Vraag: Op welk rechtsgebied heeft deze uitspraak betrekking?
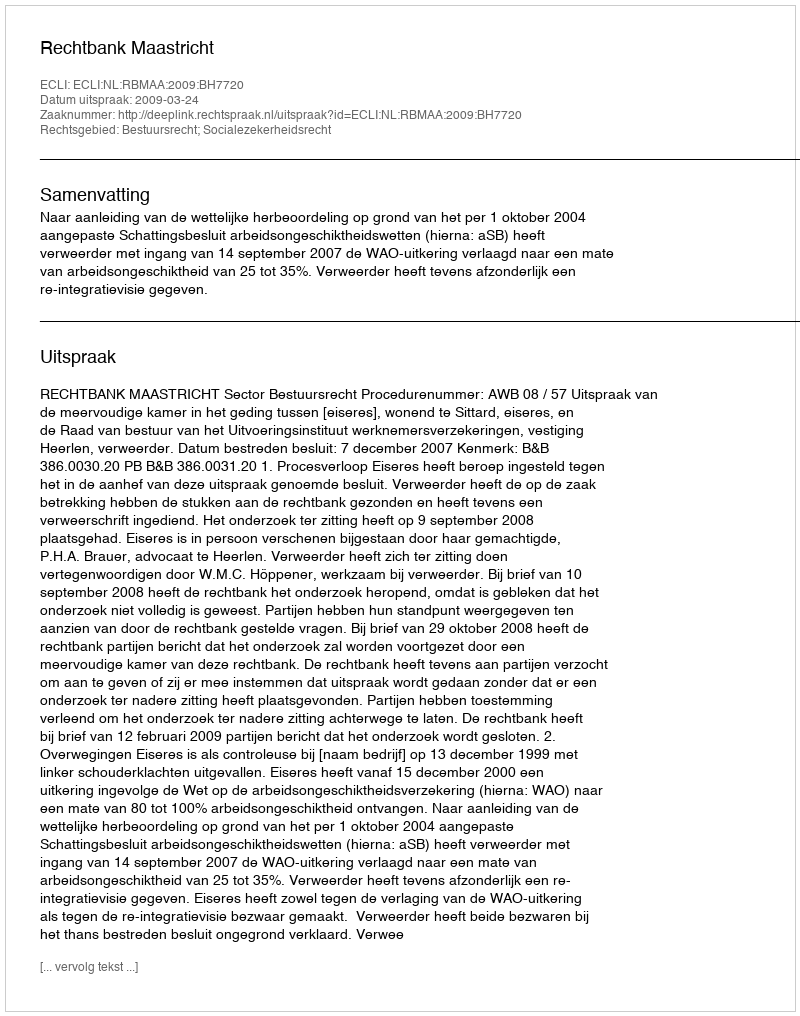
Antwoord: Bestuursrecht; Socialezekerheidsrecht